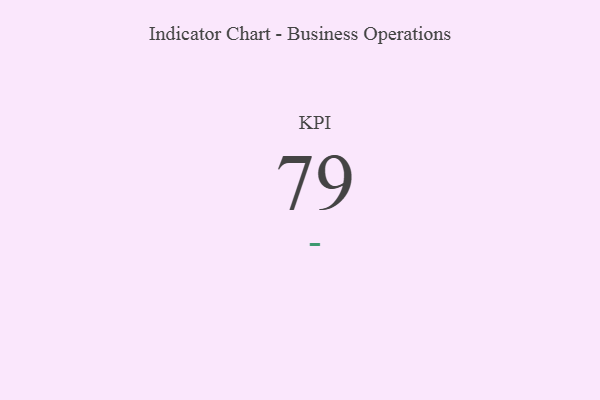
{"axis": {"x": "KPI", "y": "Value"}, "legend": [""], "data": [{"x": "KPI", "y": 79, "type": ""}]}